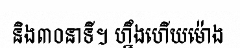
និង៣០នាទី។ ហ្នឹងហើយម៉ោង